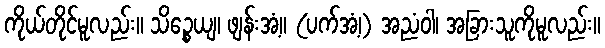
ကိုယ်တိုင်မူလည်း။ သိဉ္စေယျ၊ ဖျန်းအံ့။ (ပက်အံ့၊) အညံဝါ၊ အခြားသူကိုမူလည်း။